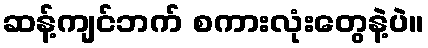
ဆန့်ကျင်ဘက် စကားလုံးတွေနဲ့ပဲ။